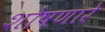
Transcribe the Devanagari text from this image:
शोषणारे